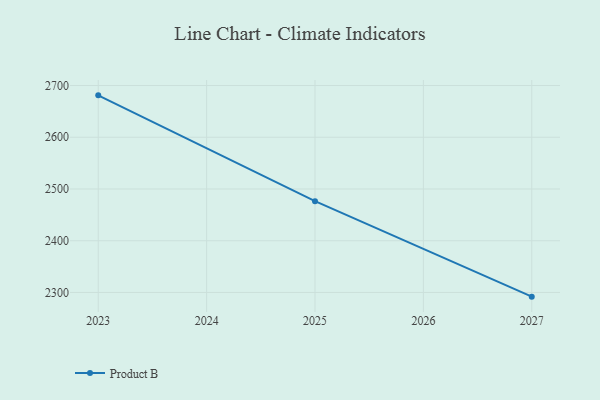
{"axis": {"x": "Year", "y": "Page Views"}, "legend": ["Product B"], "data": [{"x": "2027", "y": 2291.9, "type": "Product B"}, {"x": "2025", "y": 2476.4, "type": "Product B"}, {"x": "2023", "y": 2681.0, "type": "Product B"}]}